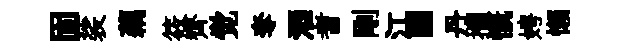
固裟藕筱齊觉奪酒耆剛江·丹攔慨娉懶